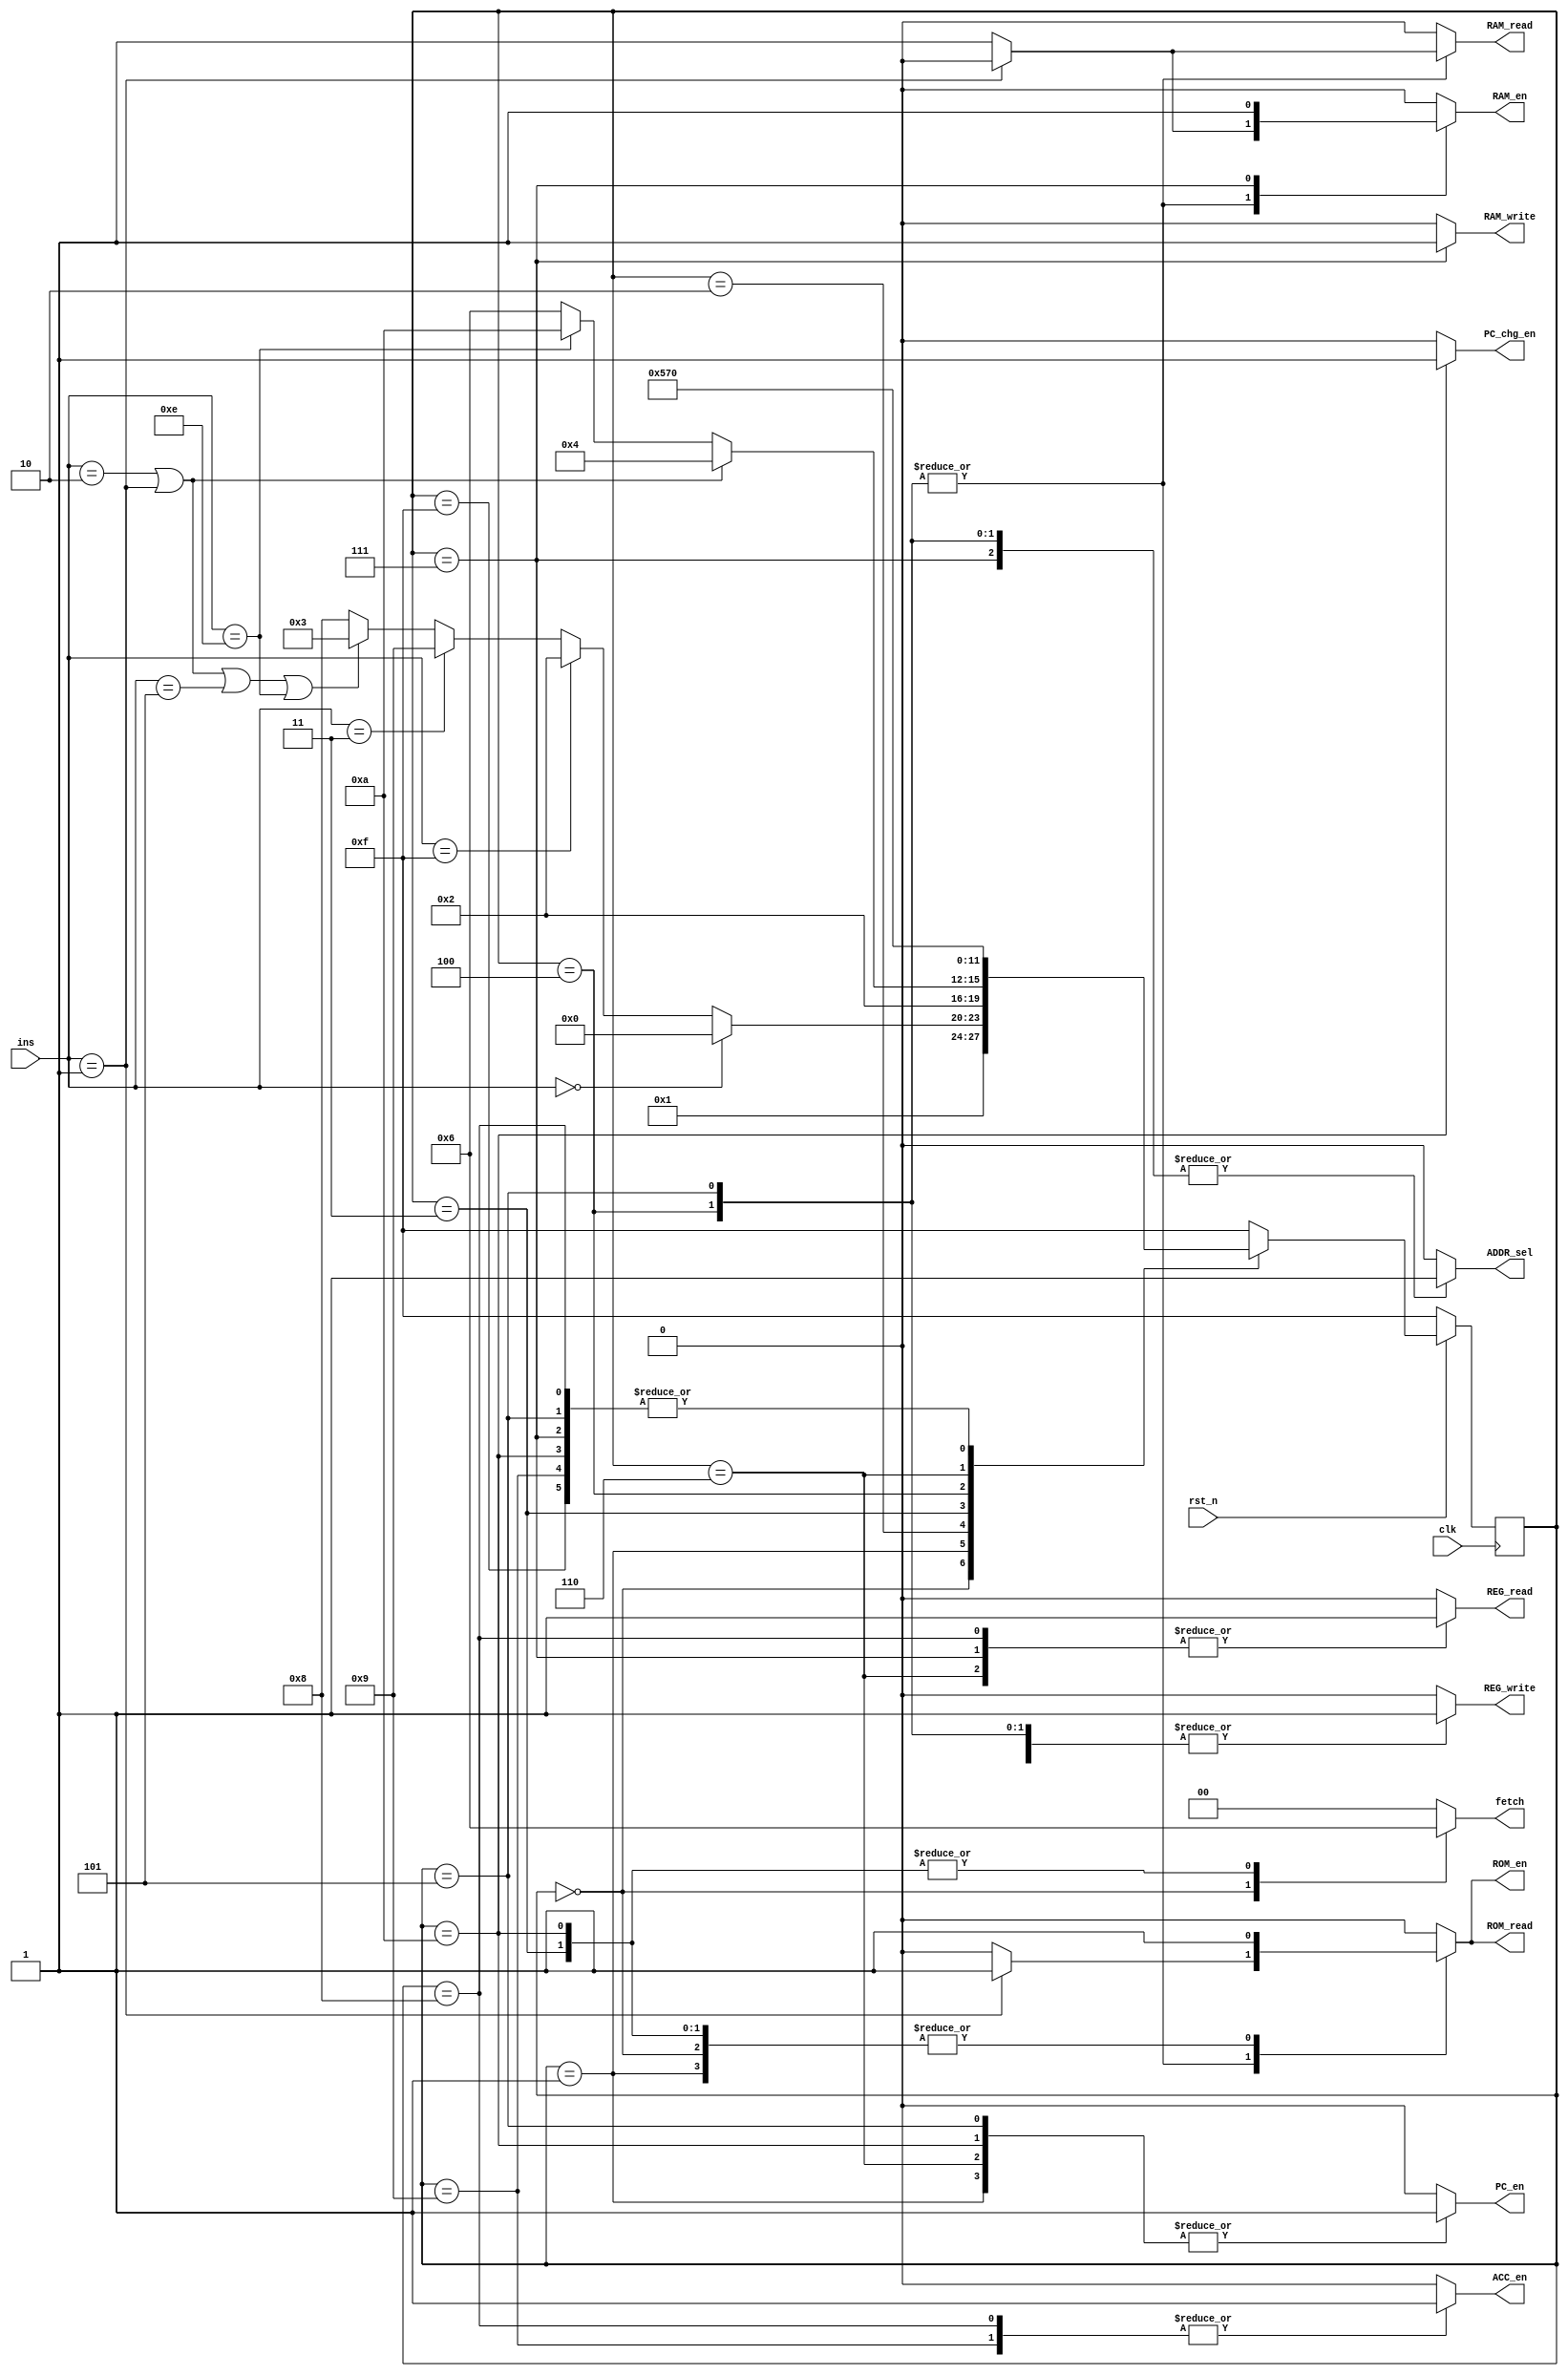
`timescale 1ns / 1ps
//////////////////////////////////////////////////////////////////////////////////
// Company: 
// Engineer: 
// 
// Design Name: 
// Module Name: CTRL
// Project Name: 
// Target Devices: 
// Tool Versions: 
// Description: 
// 
// Dependencies: 
// 
// Revision:
// Revision 0.01 - File Created
// Additional Comments:
// 
//////////////////////////////////////////////////////////////////////////////////


module CTRL(
    input clk,
    input rst_n,
    input [3:0]ins,
    output reg REG_write,
    output reg REG_read,
    output reg ROM_en,
    output reg ROM_read,
    output reg RAM_en,
    output reg RAM_write,
    output reg RAM_read,
    output reg PC_en,
    output reg PC_chg_en,
    output reg ACC_en,
    output reg [1:0]fetch,
    output reg ADDR_sel
    );
    //
    localparam NOP = 4'b0000;// short
    localparam LDO = 4'b0001;//ROM long
    localparam LDA = 4'b0010;//RAM long
    localparam LDR = 4'b0011;//ACC short
    localparam PRE = 4'b0100;//REG short
    localparam STO = 4'b0101;//RAM long
    localparam ADD = 4'b0110;// short
    localparam SHL = 4'b0111;// short
    localparam SHR = 4'b1000;// short
    localparam SAR = 4'b1001;// short
    localparam INV = 4'b1010;// short
    localparam AND = 4'b1011;// short
    localparam  OR = 4'b1100;// short
    localparam XOR = 4'b1101;// short
    localparam JMP = 4'b1110;// long
    localparam HLT = 4'b1111;// short
    //
    localparam IDLE = 4'hf;//
    localparam S0   = 4'h0;//0
    localparam S1   = 4'h1;// PC+1
    localparam S2   = 4'h2;//HLT
    localparam S3   = 4'h3;//Long0 1 RAM/ROM
    localparam S4   = 4'h4;//Long1 PC+1
    localparam S5   = 4'h5;//Long2 LDO/LDA
    localparam S6   = 4'h6;//Long2 STO_0REG
    localparam S7   = 4'h7;//Long3 STO_1RAM
    localparam S8   = 4'h8;//Short0 PRE/ADDREG
    localparam S9   = 4'h9;//Short0 LDR_0 ACCREG
    localparam S10  = 4'ha;
    //
    reg [3:0] cstate = IDLE;
    reg [3:0] nstate = IDLE;

    //
    always @(posedge clk) begin
        if(!rst_n)
            cstate <= IDLE;
        else
            cstate <= nstate;
    end
    //
    always @(*) begin
        case(cstate)
            IDLE:begin
                nstate = S0;
            end
            S0:begin
                nstate = S1;
            end
            S1:begin
                if(ins == NOP)nstate = S0;
                else if(ins == HLT)nstate = S2;
                // else if((ins == PRE)|(ins == ADD)|(ins == AND)|(ins == OR)|(ins == XOR)|(ins == INV)|(ins == SHL)|(ins == SHR)|(ins == SAR))nstate = S8;
                else if(ins == LDR)nstate = S9;
                else if((ins == LDO)|(ins == LDA)|(ins == STO)|(ins == JMP)) nstate = S3;
                else nstate = S8;
            end
            S2:begin
                nstate = S2;
            end
            S3:begin
                if((ins == LDA)|(ins == LDO))nstate = S4;
                else if(ins == JMP)nstate = S10;
                else nstate = S6;//STO
            end
            S4:begin
                nstate = S5;
            end
            S5:begin
                nstate = S0;
            end
            S6:begin
                nstate = S7;
            end
            S7:begin
                nstate = S0;
            end
            S8:begin
                nstate = S0;
            end
            S9:begin
                nstate = S0;
            end
            S10:begin
                nstate = S0;
            end

            default:nstate = IDLE;
        endcase
    end
    //
    always @(*) begin
        case(cstate)
            IDLE:begin//
                REG_write= 1'b0;
                REG_read = 1'b0;
                ROM_en   = 1'b0;
                ROM_read = 1'b0;
                RAM_en   = 1'b0;
                RAM_write= 1'b0;
                RAM_read = 1'b0;
                PC_en    = 1'b0;
                PC_chg_en= 1'b0;
                ACC_en   = 1'b0;
                fetch    = 2'b00;
                ADDR_sel = 1'b0;
            end
            S0:begin//0
                REG_write= 1'b0;
                REG_read = 1'b0;
                ROM_en   = 1'b1;
                ROM_read = 1'b1;
                RAM_en   = 1'b0;
                RAM_write= 1'b0;
                RAM_read = 1'b0;
                PC_en    = 1'b0;
                PC_chg_en= 1'b0;
                ACC_en   = 1'b0;
                fetch    = 2'b01;
                ADDR_sel = 1'b0;
            end
            S1:begin// PC+1
                REG_write= 1'b0;
                REG_read = 1'b0;
                ROM_en   = 1'b1;
                ROM_read = 1'b1;
                RAM_en   = 1'b0;
                RAM_write= 1'b0;
                RAM_read = 1'b0;
                PC_en    = 1'b1;
                PC_chg_en= 1'b0;
                ACC_en   = 1'b0;
                fetch    = 2'b00;
                ADDR_sel = 1'b0;
            end
            S2:begin//HLT
                REG_write= 1'b0;
                REG_read = 1'b0;
                ROM_en   = 1'b0;
                ROM_read = 1'b0;
                RAM_en   = 1'b0;
                RAM_write= 1'b0;
                RAM_read = 1'b0;
                PC_en    = 1'b0;
                PC_chg_en= 1'b0;
                ACC_en   = 1'b0;
                fetch    = 2'b00;
                ADDR_sel = 1'b0;
            end
            S3:begin//Long0 1
                REG_write= 1'b0;
                REG_read = 1'b0;
                ROM_en   = 1'b1;
                ROM_read = 1'b1;
                RAM_en   = 1'b0;
                RAM_write= 1'b0;
                RAM_read = 1'b0;
                PC_en    = 1'b0;
                PC_chg_en= 1'b0;
                ACC_en   = 1'b0;
                fetch    = 2'b10;
                ADDR_sel = 1'b0;
            end
            S4:begin//Long1 PC+1
                if(ins == LDO)begin
                    REG_write= 1'b1;
                    REG_read = 1'b0;
                    ROM_en   = 1'b1;
                    ROM_read = 1'b1;
                    RAM_en   = 1'b0;
                    RAM_write= 1'b0;
                    RAM_read = 1'b0;
                    PC_en    = 1'b0;
                    PC_chg_en= 1'b0;
                    ACC_en   = 1'b0;
                    fetch    = 2'b00;
                    ADDR_sel = 1'b1;
                end
                else begin//LDA
                    REG_write= 1'b1;
                    REG_read = 1'b0;
                    ROM_en   = 1'b0;
                    ROM_read = 1'b0;
                    RAM_en   = 1'b1;
                    RAM_write= 1'b0;
                    RAM_read = 1'b1;
                    PC_en    = 1'b0;
                    PC_chg_en= 1'b0;
                    ACC_en   = 1'b0;
                    fetch    = 2'b00;
                    ADDR_sel = 1'b1;
                end
            end
            S5:begin//Long2 LDO
                if(ins == LDO)begin
                    REG_write= 1'b1;
                    REG_read = 1'b0;
                    ROM_en   = 1'b1;
                    ROM_read = 1'b1;
                    RAM_en   = 1'b0;
                    RAM_write= 1'b0;
                    RAM_read = 1'b0;
                    PC_en    = 1'b1;
                    PC_chg_en= 1'b0;
                    ACC_en   = 1'b0;
                    fetch    = 2'b00;
                    ADDR_sel = 1'b1;
                end
                else begin//LDA
                    REG_write= 1'b1;
                    REG_read = 1'b0;
                    ROM_en   = 1'b0;
                    ROM_read = 1'b0;
                    RAM_en   = 1'b1;
                    RAM_write= 1'b0;
                    RAM_read = 1'b1;
                    PC_en    = 1'b1;
                    PC_chg_en= 1'b0;
                    ACC_en   = 1'b0;
                    fetch    = 2'b00;
                    ADDR_sel = 1'b1;
                end
            end
            S6:begin//Long2 STO_0REG
                REG_write= 1'b0;
                REG_read = 1'b1;
                ROM_en   = 1'b0;
                ROM_read = 1'b0;
                RAM_en   = 1'b0;
                RAM_write= 1'b0;
                RAM_read = 1'b0;
                PC_en    = 1'b1;
                PC_chg_en= 1'b0;
                ACC_en   = 1'b0;
                fetch    = 2'b00;
                ADDR_sel = 1'b0;
            end
            S7:begin//Long3 STO_1RAM
                REG_write= 1'b0;
                REG_read = 1'b1;
                ROM_en   = 1'b0;
                ROM_read = 1'b0;
                RAM_en   = 1'b1;
                RAM_write= 1'b1;
                RAM_read = 1'b0;
                PC_en    = 1'b0;
                PC_chg_en= 1'b0;
                ACC_en   = 1'b0;
                fetch    = 2'b00;
                ADDR_sel = 1'b1;
            end
            S8:begin//Short0 PREREG
                if(ins == PRE)begin
                    REG_write= 1'b0;
                    REG_read = 1'b1;
                    ROM_en   = 1'b0;
                    ROM_read = 1'b0;
                    RAM_en   = 1'b0;
                    RAM_write= 1'b0;
                    RAM_read = 1'b0;
                    PC_en    = 1'b0;
                    PC_chg_en= 1'b0;
                    ACC_en   = 1'b1;
                    fetch    = 2'b00;
                    ADDR_sel = 1'b0;
                end
                else begin//ADDREG
                    REG_write= 1'b0;
                    REG_read = 1'b1;
                    ROM_en   = 1'b0;
                    ROM_read = 1'b0;
                    RAM_en   = 1'b0;
                    RAM_write= 1'b0;
                    RAM_read = 1'b0;
                    PC_en    = 1'b0;
                    PC_chg_en= 1'b0;
                    ACC_en   = 1'b1;
                    fetch    = 2'b00;
                    ADDR_sel = 1'b0;
                end
            end
            S9:begin//Short0 LDR_0 ACC
                REG_write= 1'b1;
                REG_read = 1'b0;
                ROM_en   = 1'b0;
                ROM_read = 1'b0;
                RAM_en   = 1'b0;
                RAM_write= 1'b0;
                RAM_read = 1'b0;
                PC_en    = 1'b0;
                PC_chg_en= 1'b0;
                ACC_en   = 1'b1;
                fetch    = 2'b00;
                ADDR_sel = 1'b0;
            end
            S10:begin//JMP PC
                REG_write= 1'b0;
                REG_read = 1'b0;
                ROM_en   = 1'b1;
                ROM_read = 1'b1;
                RAM_en   = 1'b0;
                RAM_write= 1'b0;
                RAM_read = 1'b0;
                PC_en    = 1'b1;
                PC_chg_en= 1'b1;
                ACC_en   = 1'b0;
                fetch    = 2'b10;
                ADDR_sel = 1'b0;
            end
            default:begin
                REG_write= 1'b0;
                REG_read = 1'b0;
                ROM_en   = 1'b0;
                ROM_read = 1'b0;
                RAM_en   = 1'b0;
                RAM_write= 1'b0;
                RAM_read = 1'b0;
                PC_en    = 1'b0;
                PC_chg_en= 1'b0;
                ACC_en   = 1'b0;
                fetch    = 2'b00;
                ADDR_sel = 1'b0;
            end
        endcase
    end

endmodule